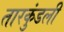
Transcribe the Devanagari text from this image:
तारकुंडली